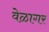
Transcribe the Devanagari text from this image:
वेळागर